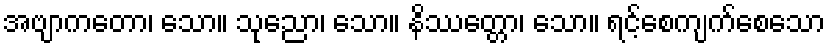
အဗျာကတော၊ သော။ သုညော၊ သော။ နိဿတ္တော၊ သော။ ရင့်စေကျက်စေသော